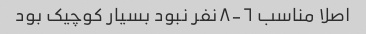
اصلا مناسب ٦-٨نفر نبود بسیار کوچیک بود